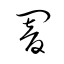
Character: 闇